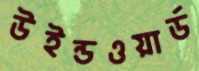
উইন্ডওয়ার্ড